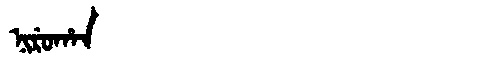
Manchu: ᠨᡳᡵᡠᡥᠠᠨ
Romanization: NIRUHAN